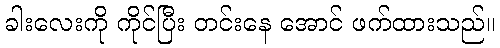
ခါးလေးကို ကိုင်ပြီး တင်းနေ အောင် ဖက်ထားသည်။